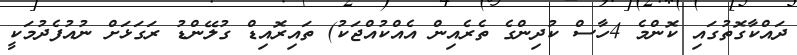
ދައްކާގޮތުގައި ކޮންމެ 4ހާސް ކުދިންގެ ތެރެއިން އެއްކުއްޖަކު) ތައިރޮއިޑް ގުލޭންޑު ރަގަޅަށް ނުއުފެދުމަކީ